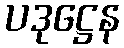
ပဒုဋ္ဌေန